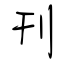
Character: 刊